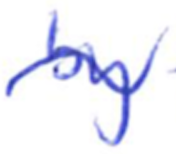
Text: by
Cross-out: wave
Writing tool: ballpoint